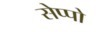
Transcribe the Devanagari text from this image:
सेप्पो